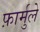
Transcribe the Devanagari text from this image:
फ़ार्मुले